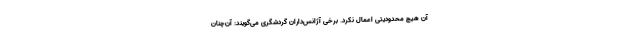
آن هیچ محدودیتی اعمال نکرد. برخی آژانس‌داران گردشگری می‌گویند: آن‌چنان